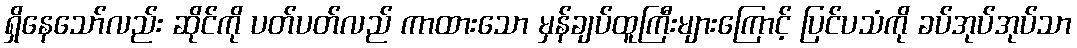
ရှိနေသော်လည်း ဆိုင်ကို ပတ်ပတ်လည် ကာထားသော မှန်ချပ်ထူကြီးများကြောင့် ပြင်ပသံကို ခပ်အုပ်အုပ်သာ